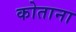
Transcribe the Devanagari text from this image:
कोताना